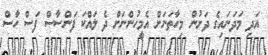
އަދި މަދަނައިގެ ދަށުން މިހާތަނަށް އެމީހުންނަށް ދެ ލައްކަ ފަންސާސް ފަސް ހާސް